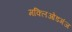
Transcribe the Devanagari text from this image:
मक्लिओडगंज